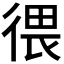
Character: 𪫑